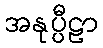
အနုပ္ပီဠာ